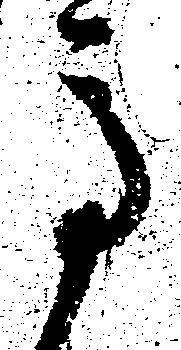
馬